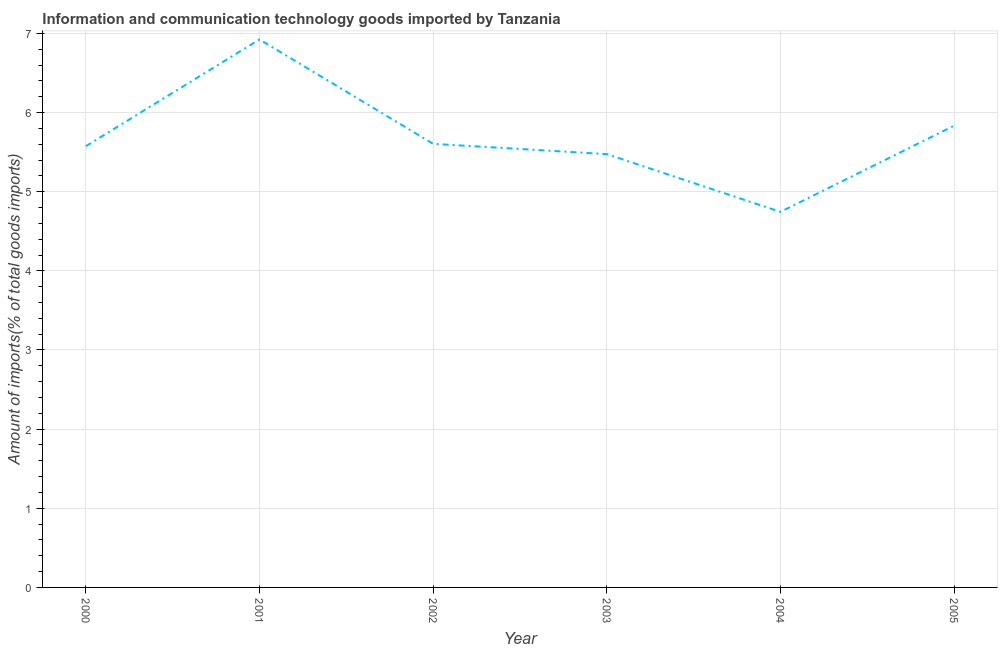
| Year | ICT goods imports |
 | --- | --- |
 | 2000 | 5.58 |
 | 2001 | 6.92 |
 | 2002 | 5.6 |
 | 2003 | 5.47 |
 | 2004 | 4.75 |
 | 2005 | 5.83 |